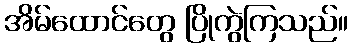
အိမ်ထောင်တွေ ပြိုကွဲကြသည်။